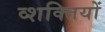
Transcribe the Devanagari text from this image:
व्शक्तियों